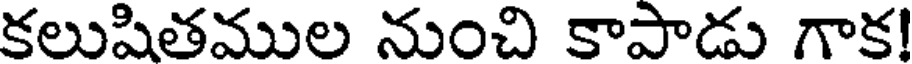
కలుషితముల నుంచి కాపాడు గాక!